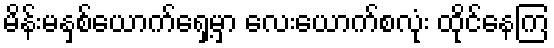
မိန်းမနှစ်ယောက်ရှေ့မှာ လေးယောက်စလုံး ထိုင်နေကြ